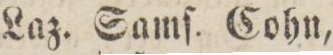
Laz. Samſ. Cohn,